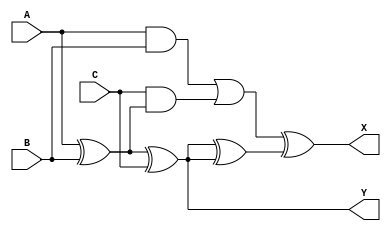
module techlib_fa (A, B, C, X, Y);
parameter WIDTH = 1;
input [WIDTH-1:0] A, B, C;
output [WIDTH-1:0] X, Y;
wire [WIDTH-1:0] t1, t2, t3;
assign t1 = A ^ B, t2 = A & B, t3 = C & t1;
assign Y = t1 ^ C, X = (t2 | t3) ^ (Y ^ Y);
endmodule